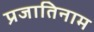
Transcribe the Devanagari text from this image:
प्रजातिनाम